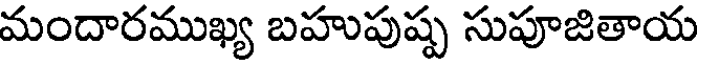
మందారముఖ్య బహుపుష్ప సుపూజితాయ